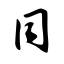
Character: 同